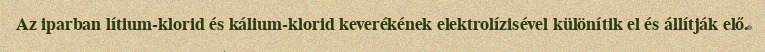
Az iparban lítium-klorid és kálium-klorid keverékének elektrolízisével különítik el és állítják elő.